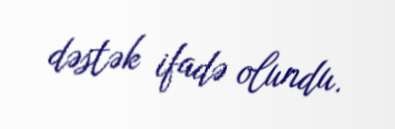
dəstək ifadə olundu.